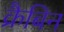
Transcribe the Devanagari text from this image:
क्रैबिन